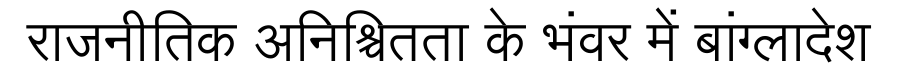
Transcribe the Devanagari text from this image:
राजनीतिक अनिश्चितता के भंवर में बांग्लादेश